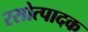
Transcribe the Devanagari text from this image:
रसोत्पादक